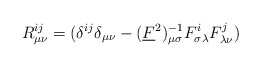
\begin{align*}R^{ij}_{\mu \nu}=(\delta^{ij}\delta_{\mu \nu} -(\underline{F}^{2})^{-1}_{\mu\sigma} F^{i}_{\sigma \lambda} F^{j}_{\lambda \nu})\end{align*}